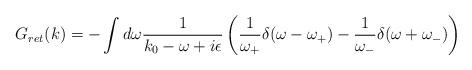
LaTeX: \begin{align*}G_{ret}(k)= - \int d\omega \frac{1}{k_0-\omega+i\epsilon}\left( \frac{1}{\omega_+}\delta(\omega-\omega_+)-\frac{1}{\omega_-}\delta(\omega+\omega_-)\right)\end{align*}